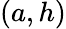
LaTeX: (a,h)